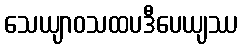
သေယျာဝသထပဒီပေယျဿ